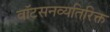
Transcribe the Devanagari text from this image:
वॉटसनव्यतिरिक्त